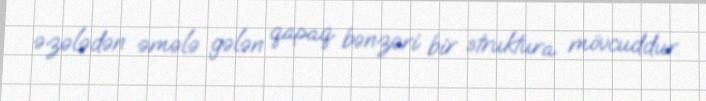
əzələdən əmələ gələn qapaq bənzəri bir struktura mövcuddur.